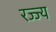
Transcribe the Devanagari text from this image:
रज्ज्य